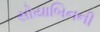
સોયાબિનની